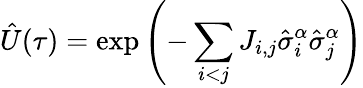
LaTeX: \hat{U}(\tau)=\exp\left(-\sum_{i<j}J_{i,j}\hat{\sigma}_{i}^{\alpha}\hat{\sigma}_{j}^{\alpha}\right)